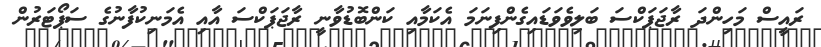
ރައީސް މަހިންދަ ރާޖަޕަކްސަ ބަލިވެވަޑައިގެންފިނަމަ އެކަމާއި ކަންބޮޑުވާނީ ރާޖަޕަކްސަ އާއި އެމަނިކުފާނުގެ ސަޕޯޓަރުން